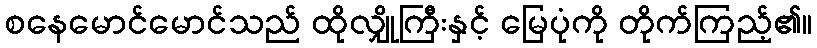
စနေမောင်မောင်သည် ထိုလျှိုကြီးနှင့် မြေပုံကို တိုက်ကြည့်၏။